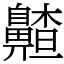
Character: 齄